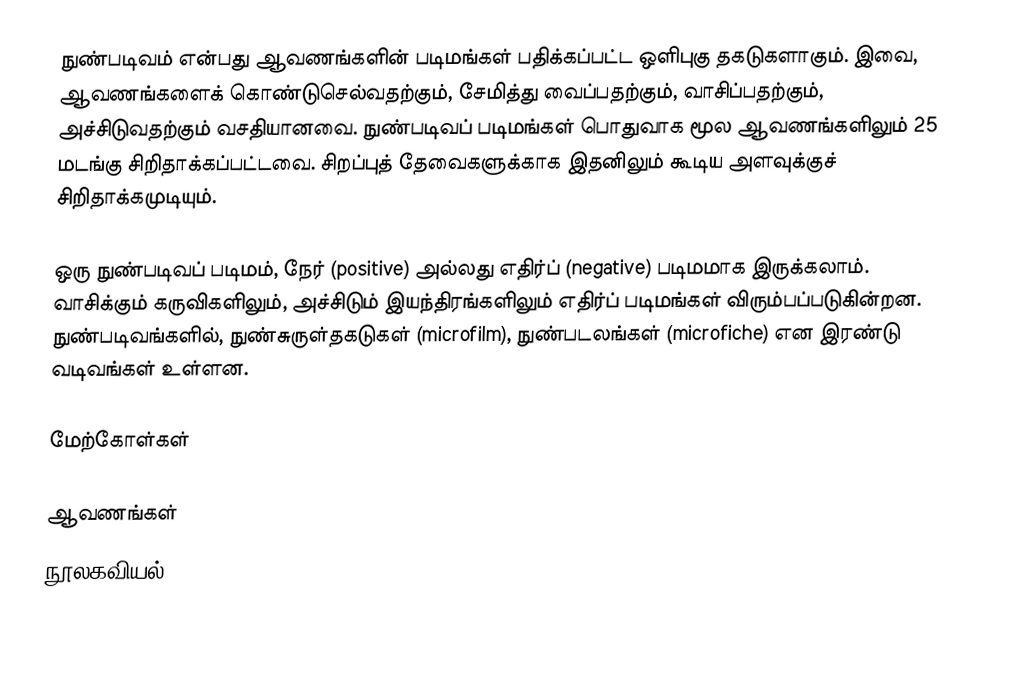
நுண்படிவம் என்பது ஆவணங்களின் படிமங்கள் பதிக்கப்பட்ட ஒளிபுகு தகடுகளாகும். இவை, ஆவணங்களைக் கொண்டுசெல்வதற்கும், சேமித்து வைப்பதற்கும், வாசிப்பதற்கும், அச்சிடுவதற்கும் வசதியானவை. நுண்படிவப் படிமங்கள் பொதுவாக மூல ஆவணங்களிலும் 25 மடங்கு சிறிதாக்கப்பட்டவை. சிறப்புத் தேவைகளுக்காக இதனிலும் கூடிய அளவுக்குச் சிறிதாக்கமுடியும்.

ஒரு நுண்படிவப் படிமம், நேர் (positive) அல்லது எதிர்ப் (negative) படிமமாக இருக்கலாம். வாசிக்கும் கருவிகளிலும், அச்சிடும் இயந்திரங்களிலும் எதிர்ப் படிமங்கள் விரும்பப்படுகின்றன. நுண்படிவங்களில், நுண்சுருள்தகடுகள் (microfilm), நுண்படலங்கள் (microfiche) என இரண்டு வடிவங்கள் உள்ளன.

மேற்கோள்கள்

ஆவணங்கள்
நூலகவியல்